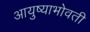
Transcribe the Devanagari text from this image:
आयुष्याभोवती